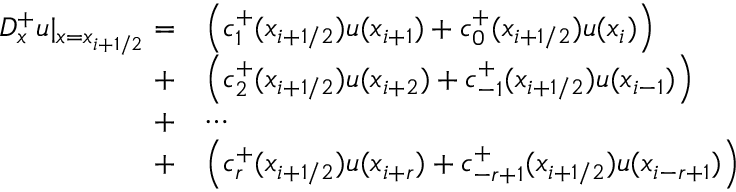
\begin{array} { r l } { D _ { x } ^ { + } u | _ { x = x _ { i + 1 / 2 } } = } & { \Big ( c _ { 1 } ^ { + } ( x _ { i + 1 / 2 } ) u ( x _ { i + 1 } ) + c _ { 0 } ^ { + } ( x _ { i + 1 / 2 } ) u ( x _ { i } ) \Big ) } \\ { + } & { \Big ( c _ { 2 } ^ { + } ( x _ { i + 1 / 2 } ) u ( x _ { i + 2 } ) + c _ { - 1 } ^ { + } ( x _ { i + 1 / 2 } ) u ( x _ { i - 1 } ) \Big ) } \\ { + } & { \cdots } \\ { + } & { \Big ( c _ { r } ^ { + } ( x _ { i + 1 / 2 } ) u ( x _ { i + r } ) + c _ { - r + 1 } ^ { + } ( x _ { i + 1 / 2 } ) u ( x _ { i - r + 1 } ) \Big ) } \end{array}